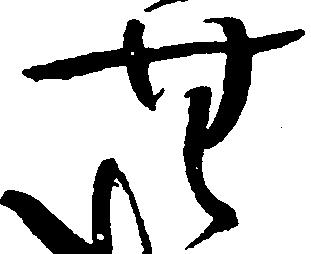
無